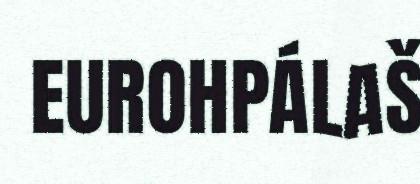
EUROHPÁLAŠ